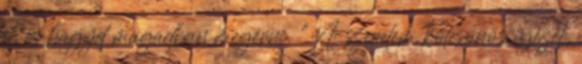
el, és hagyd magadban megérni. "A szerelem kölcsönös igézet,